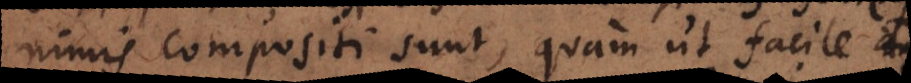
nimis compositi sunt, quam ut facile ad